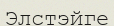
Элстэйге